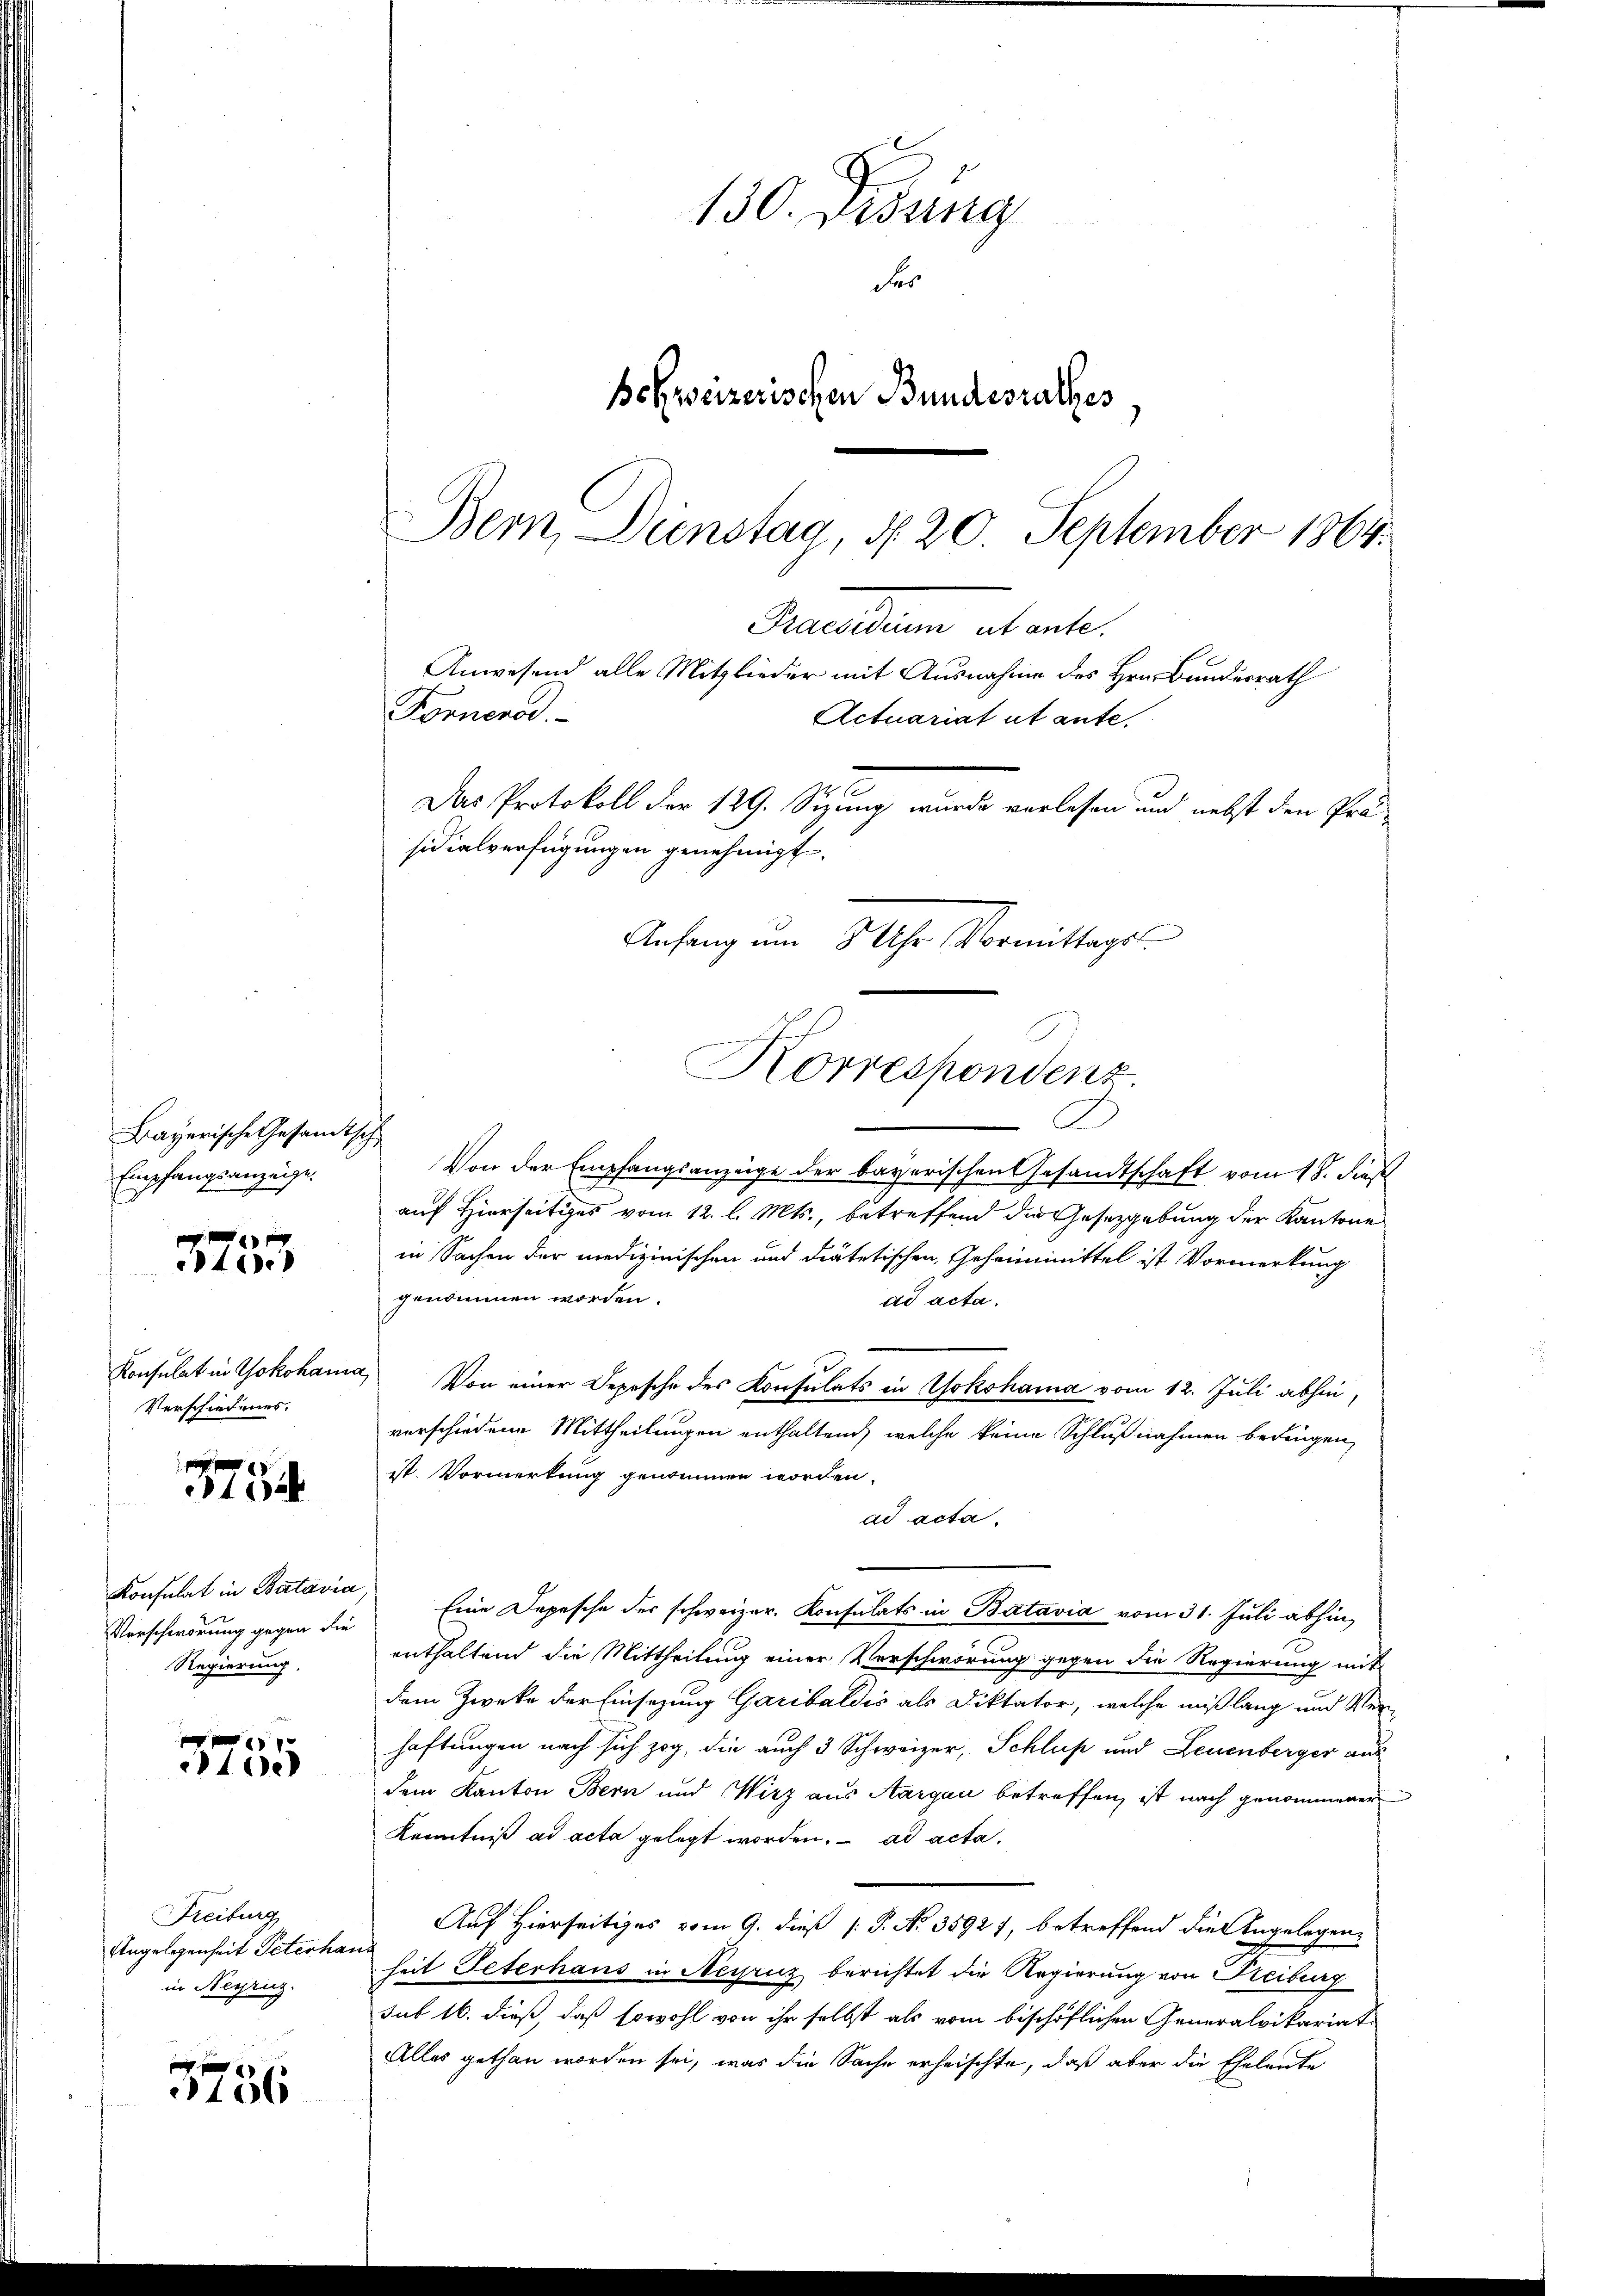
Bayerische Gesandtsch
Empfangsanzeige.

3755

Konsulat in Yokohann
Verschiedenes.

3755

Konsulat in Batavia
Vorschwörung gegen die
Regierung.

|
de

Freiburg
Angelegenheit Peterhau
in Negruz.

3756

130. Sedung
der
Behweizerischen Bundesrathes
Bern, Dienstag d. 20. September 1864.

Praesidium ut ante.
Anwesend alle Mitglieder mit Ausnahme des Hrn. Bundesrath
Fornende.
Das Protokoll der 129. Sizung wurde verlesen und nebst den Prä-
sidialverfügungen genehmigt.
Anfang um 8 Uhr Vormittagss
Korrespondenz.

A
Von der Empfangsanzeige der bayerischen Gesandtschaft vom 18. dies
auf Hierseitiges vom 12. l. Mts., betreffend die Gesetzgebung der Kantone
in Sachen der medizinischen und drätetischen Geheimmittel ist Vormerkung
genommen worden.
ad acta.
Von einer Depesche des Konsulats in Yokohama vom 12. Juli abhin,
verschiedene Mittheilungen enthaltend, welche keine Schlußnahmen bedingen,
ist Vormerkung genommen worden.
ad acta.
Eine Depesche der schweizer. Konsulats in Batavia vom 31. Juli abhin
enthaltend die Mittheilung einer Verschwörung gegen die Regierung mit
dem Zwecke der Einsezung Garibaldis als Diktator, welche mißlang und Verhaftungen nach sich zog, die auch 3 Schweizer, Schluß und Leuenberger aus
dem Kanton Bern und Wirz aus Aargau betreffen, ist nach genommener
Kenntniß ad acta gelegt worden. ad acta.
Auf Hierseitiges vom 9. dieß P. No. 35927, betreffend die Angelegenheit Peterhaus in Neruz berichtet die Regierung von Freiberg
sub 16. dieß, daß sowohl von ihr selbst als vom bischöflichen Generalvikariat
Alles gethan worden sei, was die Sache erheischte, daß aber die Eheleute

Actuariat ut ante,